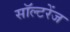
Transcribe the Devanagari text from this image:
सॉल्टरेंज